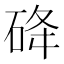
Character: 䂫